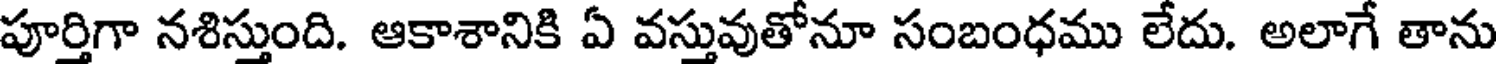
పూర్తిగా నశిస్తుంది. ఆకాశానికి ఏ వస్తువుతోనూ సంబంధము లేదు. అలాగే తాను